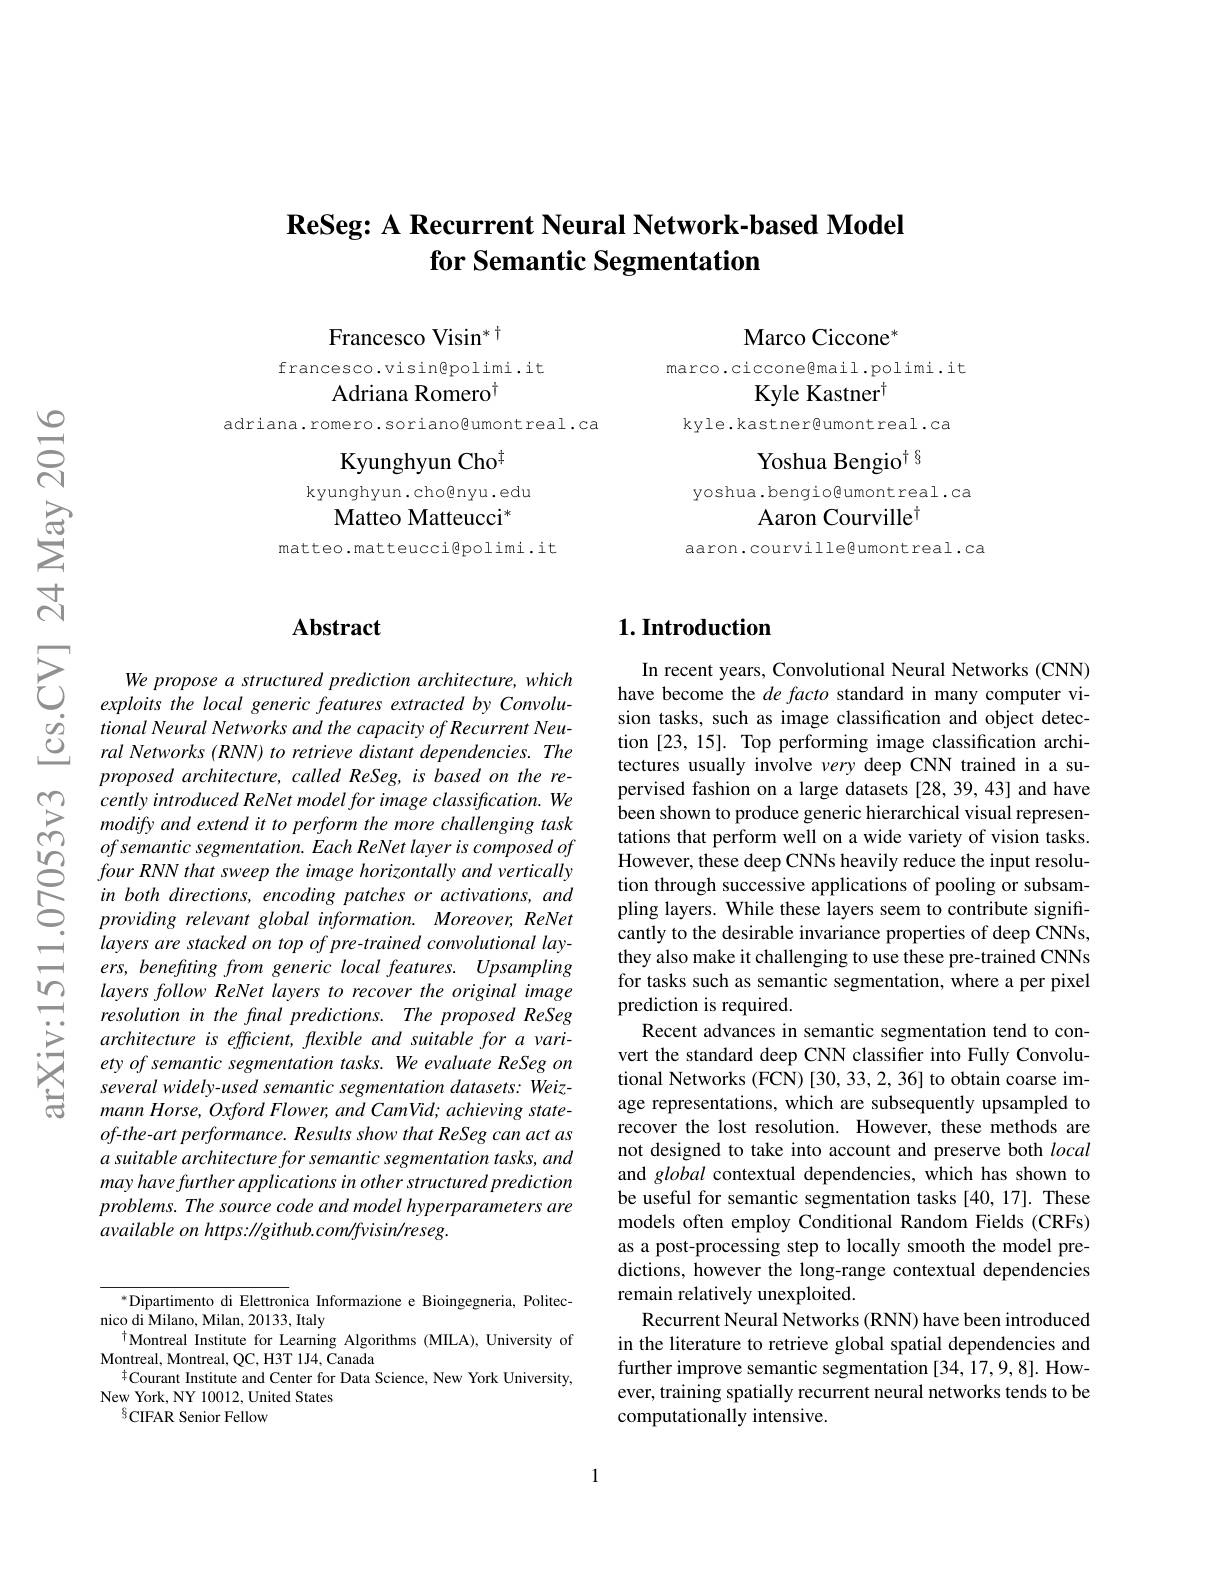
## $\textbf{ReSeg: A Recurrent Neural Network- based Model}$ $\textbf{for Semantic Segmentation}$

$\mathrm{Marco~Ciccone}^{*}$
marco.cicconegmail.polimi.it
Kyle Kastner$^{\dagger}$
kyle.kastner@umontreal.ca
Yoshua Bengio$^{\dagger\delta}$
yoshua .bengio@umontreal.ca
Aaron Courville$^{\dagger}$
aaron.courvillegumontreal.ca

Francesco Visin$^*$
francesco.visin@polimi.it
Adriana Romero$^{\dagger}$
adriana.romero.soriano@umontreal.ca
Kyunghyun Cho$^{\ddagger}$
kyunghyun.cho@nyu.edu
Matteo Matteucci$^{*}$
matteo.matteucci@polimi.it

## $\mathbf{Abstract}$

We propose a structured prediction architecture, which exploits the local generic features extracted by Convolu- $tional\textit{Neural Networks and the capacity of Recurrent Neu- Ind bing the the capacity of Recurrent Neu- Ing the the the capacity of Recurrent Neu- Ing the the the the capacity of Recurrent Neu- Ing the the th the the capacity of Recurrent Ne the the th t}$ ral Networks (RNN) to retrieve distant dependencies. The proposed architecture, called ReSeg, is based on the recently introduced ReNet model for image classification. We modify and extend it to perform the more challenging task ofsemantic segmentation. Each ReNet layer is composed of four RNN that sweep the image horizontally and vertically in both directions, encoding patches or activations, and providing relevant global information. Moreover, ReNet layers are stacked on top of pre-trained convolutional layers, benefting from generic local features. Upsampling layers follow ReNet layers to recover the original image resolution in the final predictions. The proposed ReSeg architecture is efficient, flexible and suitable for a variety of semantic segmentation tasks. We evaluate ReSeg on several widely-used semantic segmentation datasets: Weizmann Horse, Oxford Flower, and CamVid; achieving stateof-the-art performance. Results show that ReSeg can act as $a$ suitable architecture for semantic segmentation tasks, and may have further applications in other structured prediction problems. The source code and model hyperparameters are available on https: //github.com/fvisin/reseg.

$^*$Dipartimento di Elettronica Informazione e Bioingegneria, Politec-
nico di Milano, Milan, 20133, Italy
$^{\dagger}$Montreal Institute for Learning Algorithms (MILA), University of
Montreal, Montreal, QC, H3T 1J4, Čanada
${}^{\dagger}$Courant Institute and Center for Data Science, New York University,
New York, NY 10012, United States
$^{6}$CIFAR Senior Fellow

## $1. \textbf{Introduction}$

In recent years, Convolutional Neural Networks (CNN) have become the de facto standard in many computer vision tasks, such as image classification and object detection [23,15]. Top performing image classification architectures usually involve very deep CNN trained in a supervised fashion on a large datasets [28,39,43] and have been shown to produce generic hierarchical visual representations that perform well on a wide variety of vision tasks. However, these deep CNNs heavily reduce the input resolution through successive applications of pooling or subsampling layers. While these layers seem to contribute significantly to the desirable invariance properties of deep CNNs, they also make it challenging to use these pre-trained CNNs for tasks such as semantic segmentation, where a per pixel prediction is required.
Recent advances in semantic segmentation tend to convert the standard deep CNN classifier into Fully Convolutional Networks (FCN)[30,33,2,36] to obtain coarse image representations, which are subsequently upsampled to recover the lost resolution. However, these methods are not designed to take into account and preserve both local and global contextual dependencies, which has shown to be useful for semantic segmentation tasks [40,17]. These models often employ Conditional Random Fields (CRFs) as a post-processing step to locally smooth the model predictions, however the long-range contextual dependencies remain relatively unexploited.
Recurrent Neural Networks (RNN) have been introduced in the literature to retrieve global spatial dependencies and further improve semantic segmentation [34, 17,9,8]. However, training spatially recurrent neural networks tends to be computationally intensive

1